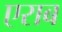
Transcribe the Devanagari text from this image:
एराब